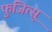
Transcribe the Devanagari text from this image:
फुजित्सू